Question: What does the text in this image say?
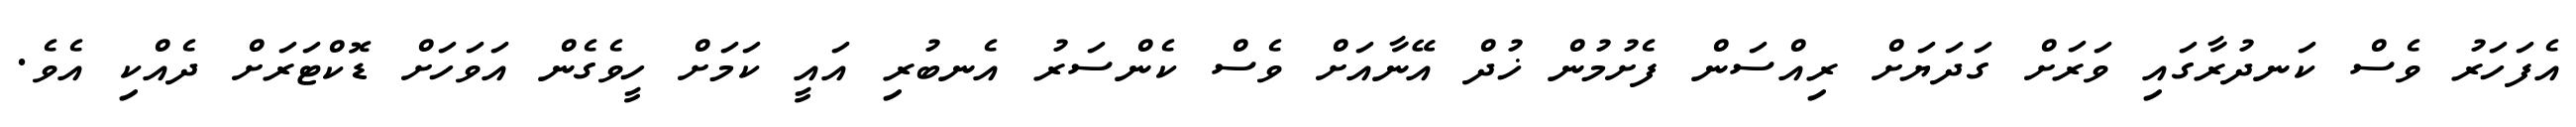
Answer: އެފަހަރު ވެސް ކަނދުރާގައި ވަރަށް ގަދަޔަށް ރިއްސަން ފެށުމުން ޚުދް އޭނާއަށް ވެސް ކެންސަރު އެނބުރި އައީ ކަމަށް ހީވެގެން އަވަހަށް ޑޮކްޓަރަށް ދެއްކި އެވެ.